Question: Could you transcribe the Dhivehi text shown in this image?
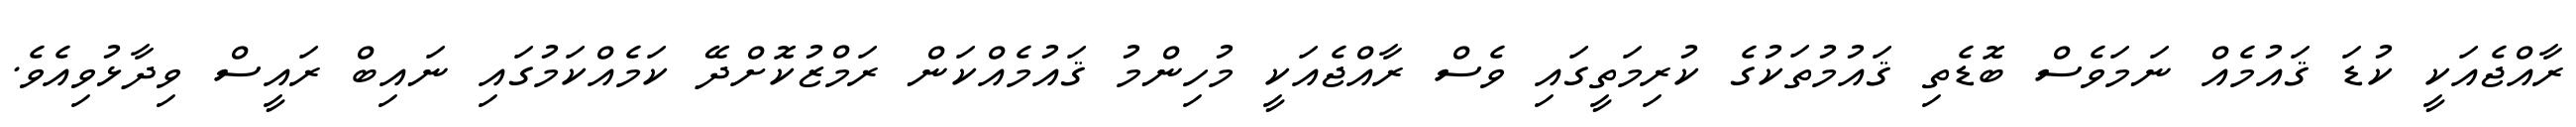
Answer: ރާއްޖެއަކީ ކުޑަ ޤައުމެއް ނަމަވެސް ބޮޑެތި ޤައުމުތަކުގެ ކުރިމަތީގައި ވެސް ރާއްޖެއަކީ މުހިންމު ޤައުމެއްކަން ރަމްޒުކޮށްދޭ ކަމެއްކަމުގައި ނައިބް ރައީސް ވިދާޅުވިއެވެ.